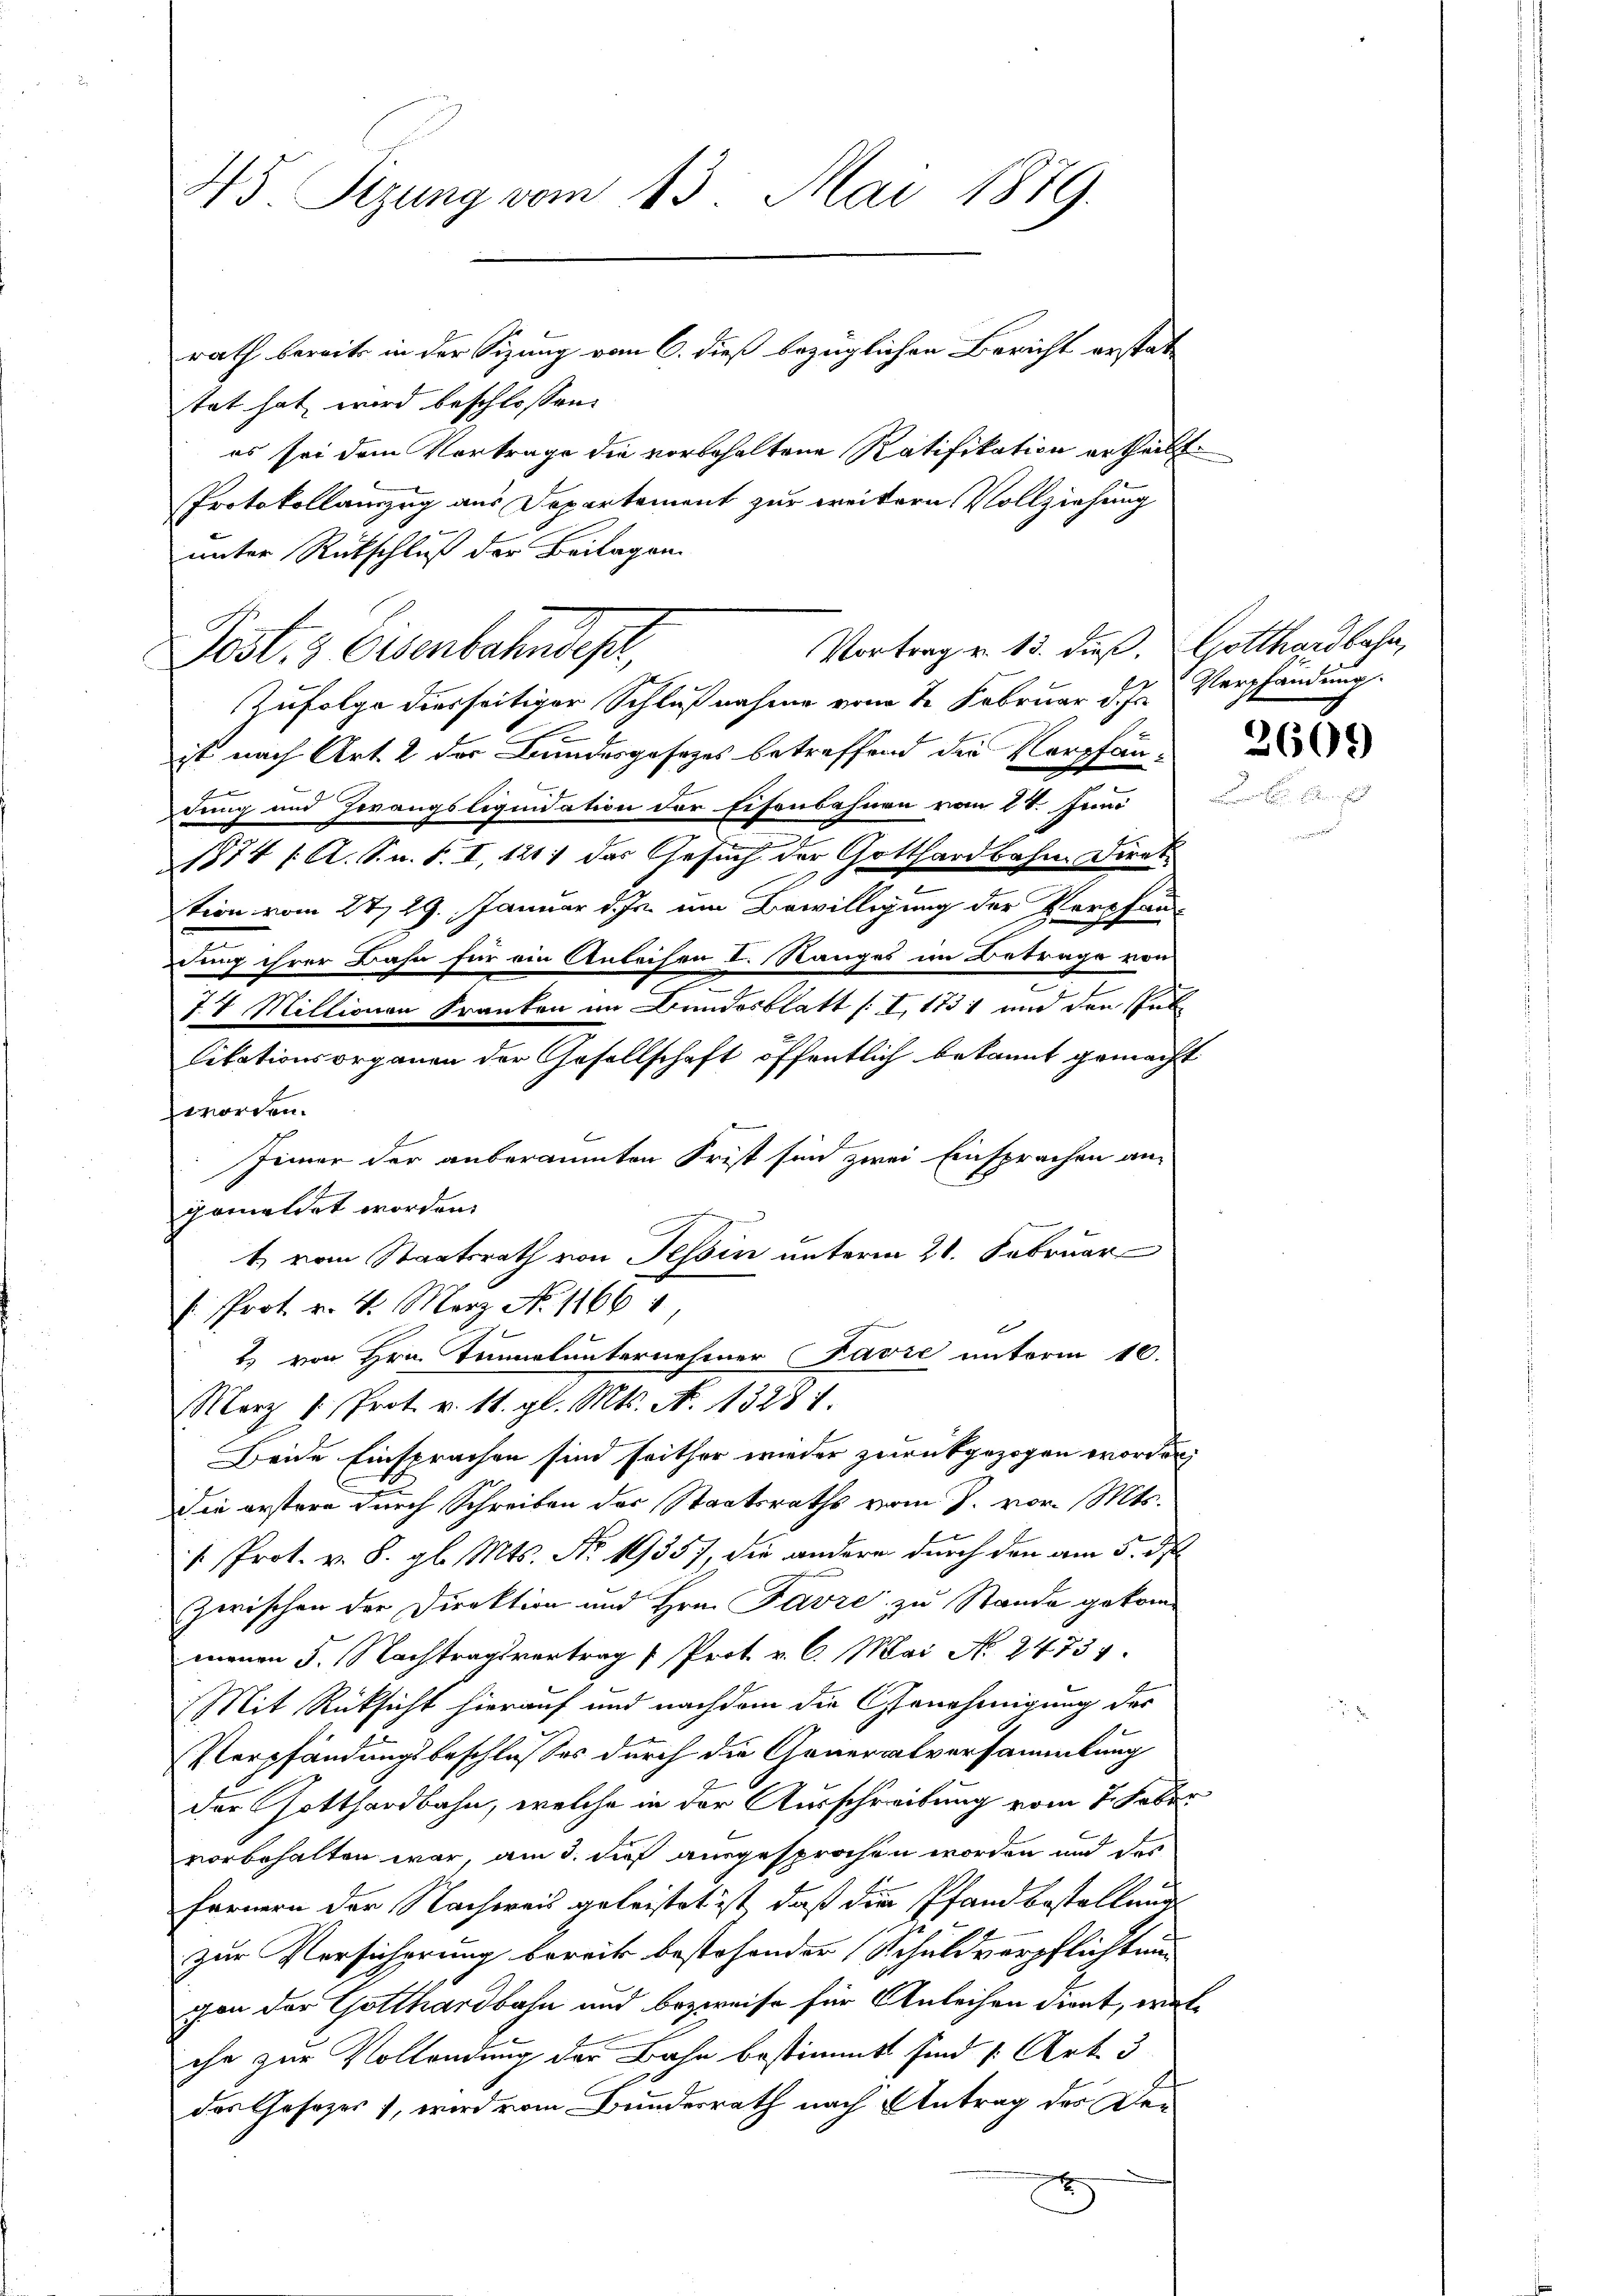
45. Sizung vom 13. Mai 1879.
rath bereits in der Sizung vom 6. dieß bezüglichen Bericht erstat¬

tat hat wird beschlossen:
es sei dem Vortrage die vorbehaltene Ratifikation ertheilt.
Protokollauszug aus Departement zur weitern Vollziehung
unter Rückschluß der Beilagen
Post, 3 Eisenbahndepr
Zufolge diesseitiger Schlußnahme vom 2. Februar d. Js. Verpfandung.
ist nach Art. 2 der Bundesgesetzes betreffend die Verpfänn
dung und Herangsliquidation der Eisenbahnen vom 2t. Juni
n
1874 /A. S. n. F. I, 1211 das Gesuch der Gotthardbahn Direk
tion vom 27. 29. Januar d. Js. um Bewilligung der Vorpfandung ihrer Bahn für ein Anleihen I. Ranges im Betrage von
77 Millionen Franten im Bundesblatt /: I 1731 und den Pal
Citationsorganen der Gesellschaft öffentlich bekannt gemacht
eworden.
Jeiner der anberaumten Frist sind zwei Einsprachen angemeldet worden.
t vom Staatsrath von Tessin unterm 21. Februar
h. Prot. v. 4. März No. 1166 1
2) von Hrn. Tumnalunternehmer Favre unterm 10.
Merz u. Prot. v. 11. gl. Mts. N. 13281.
Beide Einsprachen sind seither wieder zurückgezogen worden;
Die erstere durch Schreiben der Staatsraths vom J. vor. Mts.
1. Prot. v. 8. gl. Mts. Nr. 19357, die andere durch den am 5. d
Zwischen der Direktion und Hrn. Favre zu Stande gekommenen 5. Nachtragsvertrag " Prot. v. C. Mai No 24737.
Mit Rücksicht hierauf und nachdem die Genehmigung des
Verpfändungsbeschlusses durch die Generalversammlung
der Gotthardbahn, welche in der Ausschreibung vom 7. Feber
vorbehalten war, am 3. dieß ausgesprochen worden und der
fernern der Nachweis geleistet ist, daß die Pfandbestellung
zur Versicherung bereits bestehender Schuldverpflichtung
cen der Gotthardbahn und bezweife für Anleihen dient, welche zur Vollendung der Bahn bestimmt sind (Art. 3
des Gesezen, wird vom Bundesrath nach Antrag der De¬

Vortrag v. 15. dieß. Gotthardbahn,

2609